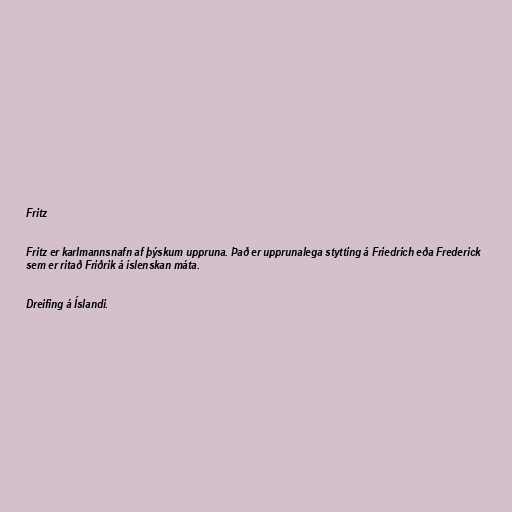
Fritz

Fritz er karlmannsnafn af þýskum uppruna. Það er upprunalega stytting á Friedrich eða Frederick
sem er ritað Friðrik á íslenskan máta.

Dreifing á Íslandi.